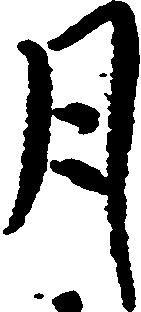
月